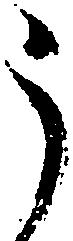
う